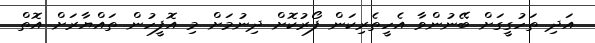
އަދި ތަހުގީގަށް ބޭނުންވާ އެހީތެރިކަން ފޯރުކޮށް ދިނުމަށް މި އޮފީހުން ތައްޔާރަށް އޮތް